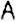
A